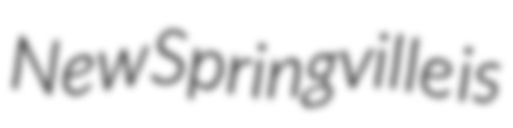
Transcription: New Springville is